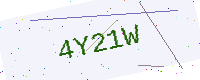
Text: 4Y21W